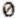
0